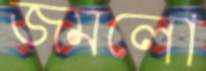
জমলো